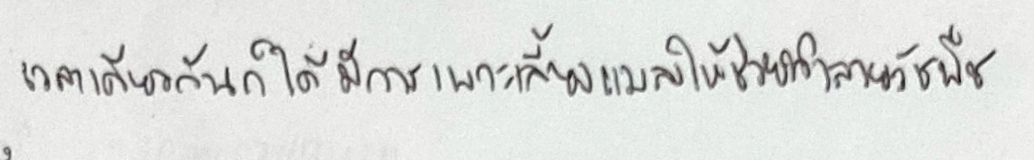
เวลาเดียวกันก็ได้มีการเพาะเลี้ยงแมลงให้ช่วยทำลายวัชพืช